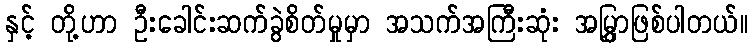
နှင့် တို့ဟာ ဦးခေါင်းဆက်ခွဲစိတ်မှုမှာ အသက်အကြီးဆုံး အမြွှာဖြစ်ပါတယ်။